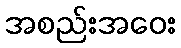
အစည်းအဝေး